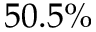
5 0 . 5 \%